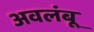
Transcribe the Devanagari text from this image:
अवलंबू